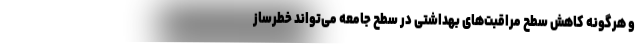
و هرگونه کاهش سطح مراقبت‌های بهداشتی در سطح جامعه می‌تواند خطرساز